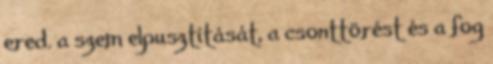
ered. a szem elpusztítását, a csonttörést és a fog